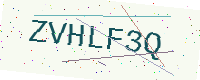
Text: ZVHLF3Q